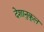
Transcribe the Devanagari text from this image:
देशानुकूल